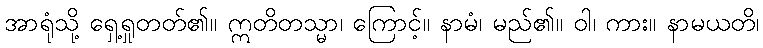
အာရုံသို့ ရှေ့ရှုတတ်၏။ ဣတိတသ္မာ၊ ကြောင့်။ နာမံ၊ မည်၏။ ဝါ၊ ကား။ နာမယတိ၊